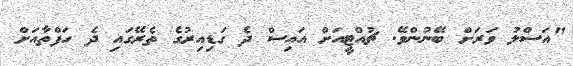
"އަސްލު ވަރަށް ބޭނުންވޭ. ޗުއްޓީއަށް އައިސް ދެ ގަޑިއިރުގެ ތެރޭގައި ދެ ހަފްތާއަށް